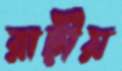
রাঢ়ীয়